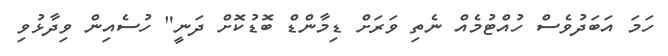
ހަމަ އަބަދުވެސް ހުއްޓުމެއް ނެތި ވަރަށް ޑިމާންޑް ބޮޑުކޮށް ދަނީ" ހުސެއިން ވިދާޅުވި